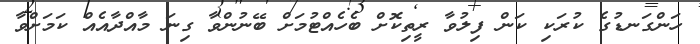
ހަންގަނޑުގެ ކުރަކި ކަން ފިލުވާ ރީތިކޮށް ބެހެއްޓުމަށް ބޭނުންވާ ގިނަ މާއްދާއެއް ކަމަށްވާ